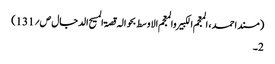
(مسند احمد ، المعجم الکبیر والمعجم الاوسط بحوالہ قصۃ المسیح الدجال ص؍131)
2۔